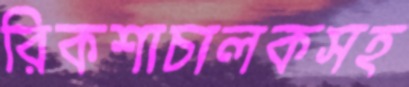
রিকশাচালকসহ